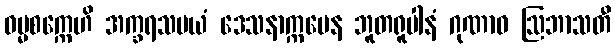
ဓမ္မစက္ကေဟိ အက္ခရသမယံ ဒေသနာက္ကမေန ဘူတရူပါနံ ဂုဏာဝ ဩဘာသတီ